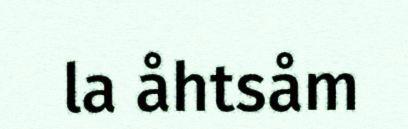
la åhtsåm